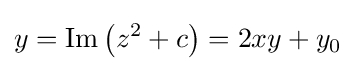
y=\mathop {\mathrm {Im} } \left(z^{2}+c\right)=2xy+y_{0}